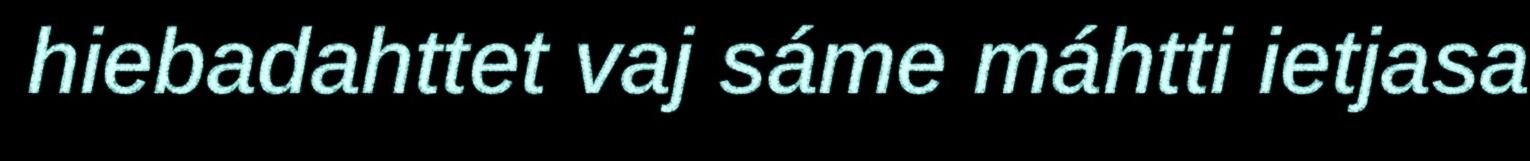
hiebadahttet vaj sáme máhtti ietjasa